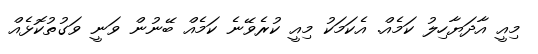
މިއީ އާދަޔާހިލު ކަމެއް. އެކަމަކު މިއީ ކުރެވޭނެ ކަމެއް ބޭނުން ވަނީ ވަގުތުކޮޅެއް